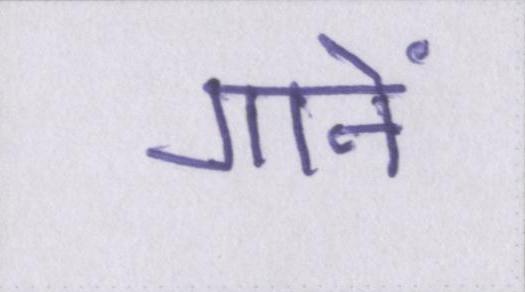
गानें